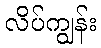
လိပ်ကျွန်း